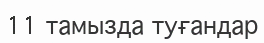
11 тамызда туғандар